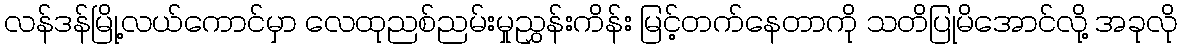
လန်ဒန်မြို့လယ်ကောင်မှာ လေထုညစ်ညမ်းမှုညွှန်းကိန်း မြင့်တက်နေတာကို သတိပြုမိအောင်လို့ အခုလို